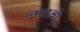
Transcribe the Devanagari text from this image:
उमराओ